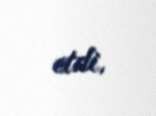
etdi.